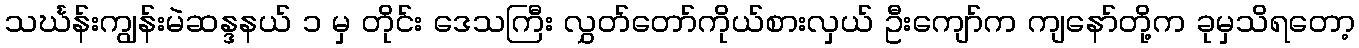
သင်္ဃန်းကျွန်းမဲဆန္ဒနယ် ၁ မှ တိုင်း ဒေသကြီး လွှတ်တော်ကိုယ်စားလှယ် ဦးကျော်က ကျနော်တို့က ခုမှသိရတော့